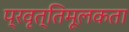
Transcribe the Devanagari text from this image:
प्रवृत्तिमूलकता